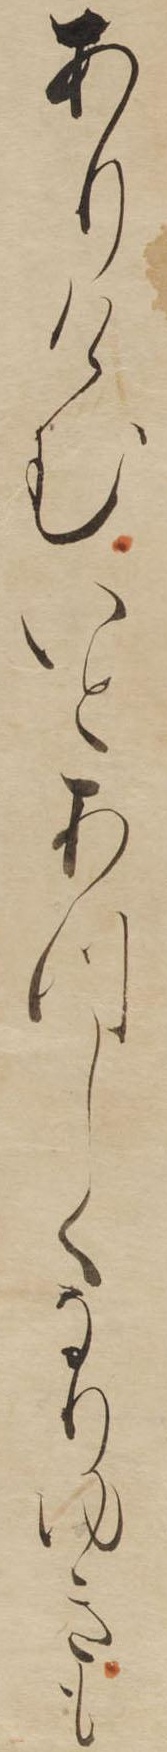
ありけむいとあつしくなりゆきも